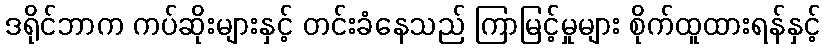
ဒရိုင်ဘာက ကပ်ဆိုးများနှင့် တင်းခံနေသည် ကြာမြင့်မှုများ စိုက်ထူထားရန်နှင့်